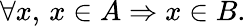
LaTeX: \forall x,\, x\in A\Rightarrow x\in B.